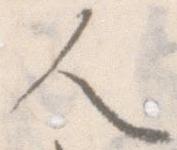
人